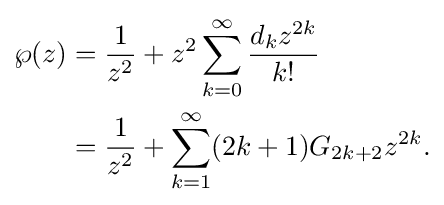
{\begin{aligned}\wp (z)&={\frac {1}{z^{2}}}+z^{2}\sum _{k=0}^{\infty }{\frac {d_{k}z^{2k}}{k!}}\\&={\frac {1}{z^{2}}}+\sum _{k=1}^{\infty }(2k+1)G_{2k+2}z^{2k}.\end{aligned}}